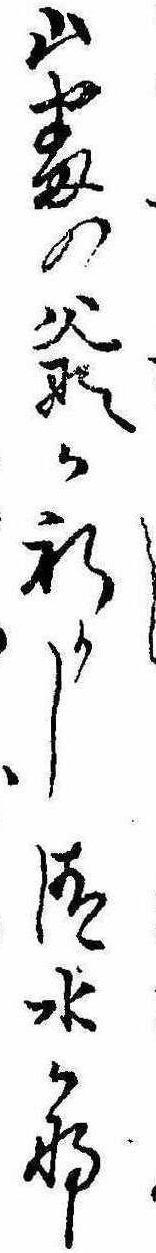
山番の爺か祈りし清水かな